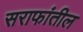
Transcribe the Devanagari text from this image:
सराफांतील